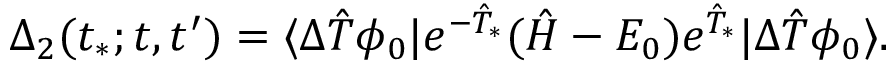
\Delta _ { 2 } ( t _ { * } ; t , t ^ { \prime } ) = \langle \Delta \hat { T } \phi _ { 0 } | e ^ { - \hat { T } _ { * } } ( \hat { H } - E _ { 0 } ) e ^ { \hat { T } _ { * } } | \Delta \hat { T } \phi _ { 0 } \rangle .